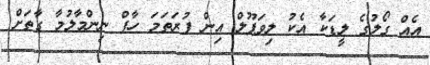
އެއް ގޯލުގެ ލީޑަކާ އެކު ލިވަޕޫލް އިން ފުރަތަމަ ހާފް ނިންމާލުމާ ގާތަށް